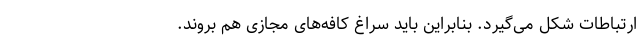
ارتباطات شکل می‌گیرد. بنا‌بر‌این باید سراغ کافه‌های مجازی هم بروند.